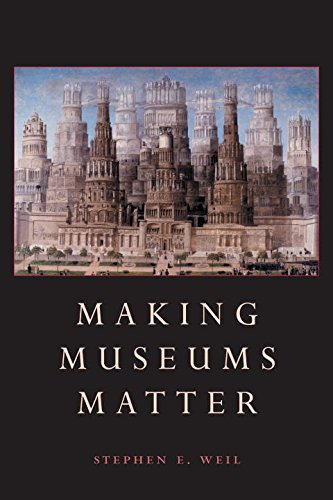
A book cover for Making Museums Matter; Stephen E. Weil; Politics & Social Sciences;